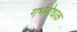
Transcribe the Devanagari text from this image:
गर्भरोधक